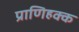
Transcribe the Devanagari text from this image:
प्राणिहक्क